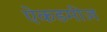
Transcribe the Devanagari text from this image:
ऐकडमीज़